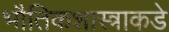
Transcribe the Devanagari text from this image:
भौतिकशास्त्राकडे